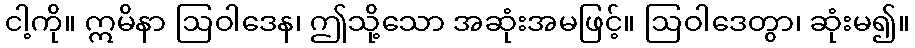
ငါ့ကို။ ဣမိနာ ဩဝါဒေန၊ ဤသို့သော အဆုံးအမဖြင့်။ ဩဝါဒေတွာ၊ ဆုံးမ၍။